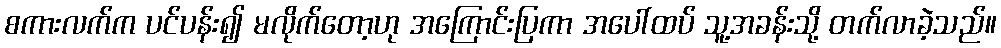
စကားလက်က ပင်ပန်း၍ မလိုက်တော့ဟု အကြောင်းပြကာ အပေါ်ထပ် သူ့အခန်းသို့ တက်လာခဲ့သည်။